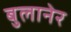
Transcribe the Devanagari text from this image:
बुलानेर